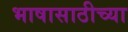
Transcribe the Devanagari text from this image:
भाषासाठीच्या